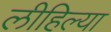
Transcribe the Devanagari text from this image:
लीहिल्या